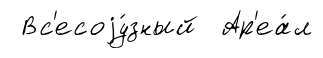
Вс'есоjу́зный Ар'еа́л